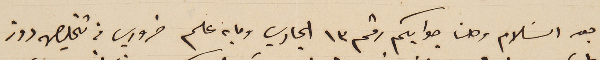
بعد السَلام وصلنا جوابكم رقم ٣١ الجاري وما به علم ضروري في تخليص روز